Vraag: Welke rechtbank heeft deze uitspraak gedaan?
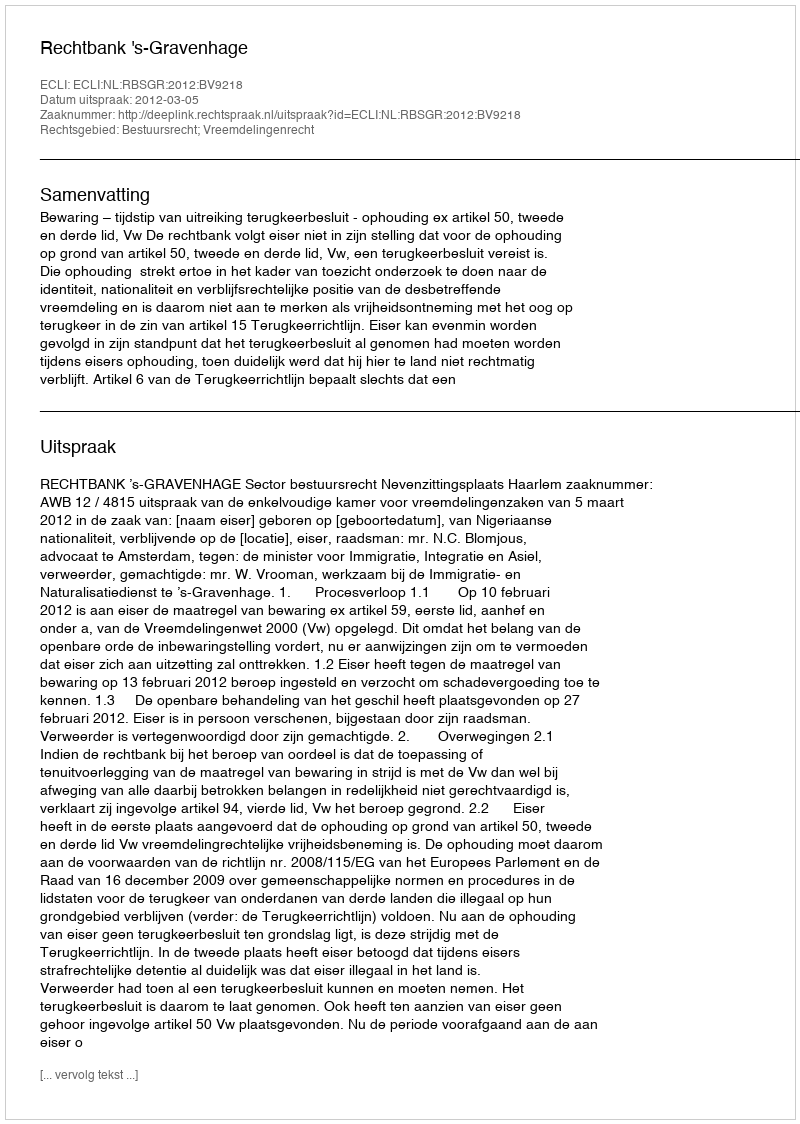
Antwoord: Rechtbank 's-Gravenhage